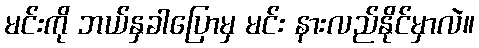
မင်းကို ဘယ်နှခါပြောမှ မင်း နားလည်နိုင်မှာလဲ။